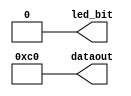
module SMG_LED (led_bit,dataout);

//input clk_50M ;       //????50M?? ?17????
output [7:0] dataout;   //????????ABCDEFG????????????
output led_bit;         //?????????

reg [7:0] dataout;
reg       led_bit;  

//always @ ( posedge clk_50M )

 //begin
 always  led_bit <= 'b0; //??????????????

 always  dataout<=8'b11000000; //??7????????????
                               //?????????0?9?????A?F,????????????
                               //????????????0

 //end
endmodule